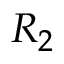
R _ { 2 }